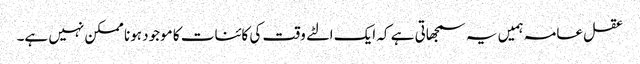
عقل عامہ ہمیں یہ سمجھاتی ہے کہ ایک الٹے وقت کی کائنات کا موجود ہونا ممکن نہیں ہے۔